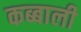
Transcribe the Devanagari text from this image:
कब्बाली